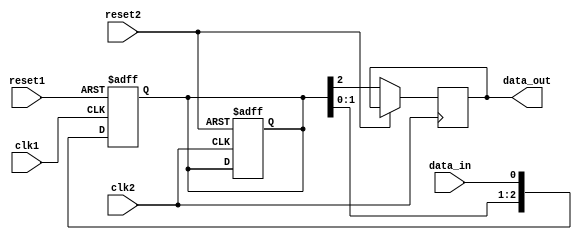
module timing_control_sync(
    input wire clk1,  // Clock domain 1
    input wire clk2,  // Clock domain 2
    input wire reset1,  // Reset signal for clock domain 1
    input wire reset2,  // Reset signal for clock domain 2
    input wire data_in,  // Data input signal
    output reg data_out  // Synchronized data output signal
);

reg [2:0] flip_flop_reg;  // Three flip-flops for synchronization

always @(posedge clk1 or posedge reset1) begin
    if (reset1) begin
        flip_flop_reg <= 3'b0;  // Reset flip-flop to 0
    end else begin
        flip_flop_reg <= {flip_flop_reg[1:0], data_in};  // Shift data into flip-flops
    end
end

always @ (posedge clk2 or posedge reset2) begin
    if (reset2) begin
        flip_flop_reg <= 3'b0;  // Reset flip-flop to 0
    end else begin
        data_out <= flip_flop_reg[2];  // Output synchronized data
    end
end

endmodule